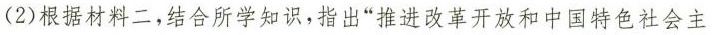
(2)根据材料二，结合所学知识，指出”推进改革开放和中国特色社会主